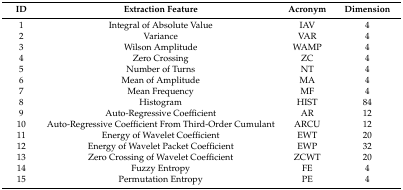
| ID | Extraction Feature | Acronym | Dimension |
 | --- | --- | --- | --- |
 | 1 | Integral of Absolute Value | IAV | 4 |
 | 2 | Variance | VAR | 4 |
 | 3 | Wilson Amplitude | WAMP | 4 |
 | 4 | Zero Crossing | ZC | 4 |
 | 5 | Number of Turns | NT | 4 |
 | 6 | Mean of Amplitude | MA | 4 |
 | 7 | Mean Frequency | MF | 4 |
 | 8 | Histogram | HIST | 84 |
 | 9 | Auto-Regressive Coefficient | AR | 12 |
 | 10 | Auto-Regressive Coefficient From Third-Order Cumulant | ARCU | 12 |
 | 11 | Energy of Wavelet Coefficient | EWT | 20 |
 | 12 | Energy of Wavelet Packet Coefficient | EWP | 32 |
 | 13 | Zero Crossing of Wavelet Coefficient | ZCWT | 20 |
 | 14 | Fuzzy Entropy | FE | 4 |
 | 15 | Permutation Entropy | PE | 4 |